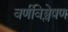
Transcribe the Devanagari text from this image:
वर्णविश्लेषण